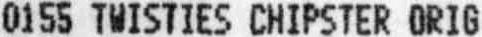
0155 TWISTIES CHIPSTER ORIG